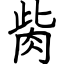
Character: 胔